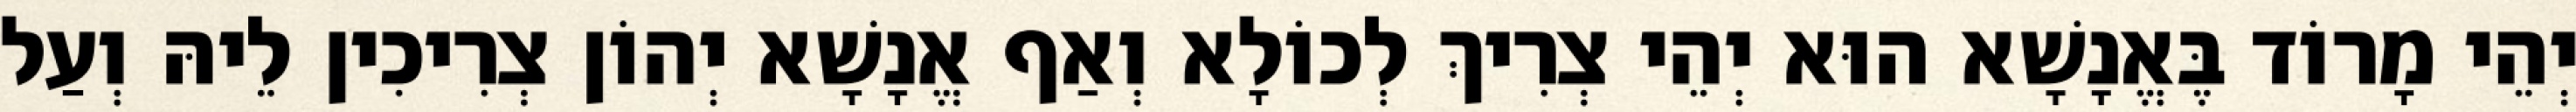
יְהֵי מָרוֹד בֶּאֱנָשָׁא הוּא יְהֵי צְרִיךְ לְכוֹלָא וְאַף אֱנָשָׁא יְהוֹן צְרִיכִין לֵיהּ וְעַל